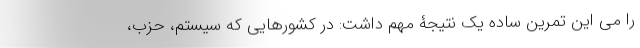
را می این تمرینِ ساده یک نتیجۀ مهم داشت: در کشورهایی که سیستم، حزب،